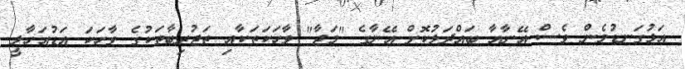
އަޅުގަނޑުމެން ވެސް އޭނާއާ ބައްދަލުކޮށް އޭނާގެ "މަޖާ" ވާހަކަތަކާއި ތަޖުރިބާތަކުގެ ވާހަކަ އަޑުއަހާލީ